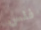
فلس